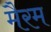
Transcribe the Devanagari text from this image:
मैरम